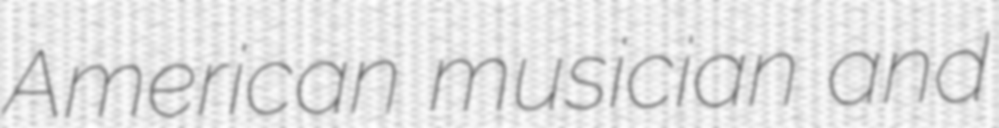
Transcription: American musician and